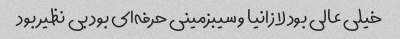
خیلی عالی بود لا زانیا و سیبزمینی حرفه‌ای بود بی نظیر بود